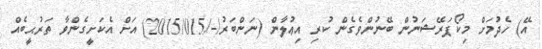
އޭ) ހެދުމަށް މިކޯޕަރޭޝަނުން ބޭނުންވެގެން ކުރި އިޢުލާން (ނަންބަރު/-/2015/015) އަށް އެކަށީގެންވާ ތަރުޙީބެއް